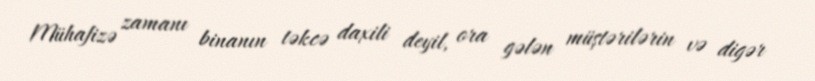
Mühafizə zamanı binanın təkcə daxili deyil, ora gələn müştərilərin və digər